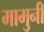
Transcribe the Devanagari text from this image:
मामुनी